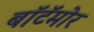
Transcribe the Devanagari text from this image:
बॉटॅमोर